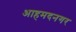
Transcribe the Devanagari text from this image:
आहमदनगर